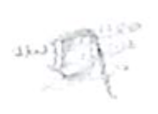
Text: a
Cross-out: scratch
Writing tool: pencil